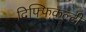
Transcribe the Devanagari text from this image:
दिफ्फिकल्टी